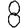
Digit: 8